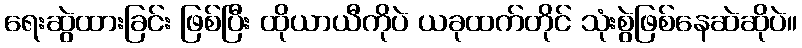
ရေးဆွဲထားခြင်း ဖြစ်ပြီး ထိုယာယီကိုပဲ ယခုထက်တိုင် သုံးစွဲဖြစ်နေဆဲဆိုပဲ။